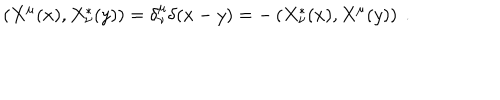
\left( X ^ { \mu } ( x ) , X _ { \nu } ^ { * } ( y ) \right) = \delta _ { \nu } ^ { \mu } \delta ( x - y ) = - \left( X _ { \nu } ^ { * } ( x ) , X ^ { \mu } ( y ) \right) \ .